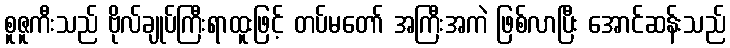
စူဇူကီးသည် ဗိုလ်ချုပ်ကြီးရာထူးဖြင့် တပ်မတော် အကြီးအကဲ ဖြစ်လာပြီး အောင်ဆန်းသည်